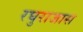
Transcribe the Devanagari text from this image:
रघुराजास